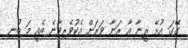
ގޭގަ އުޅޭ ރީނާ އާ ރަނާ ވަރަށް އެކުވެރިވާނެ އެއީ މަ ބުނި